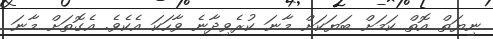
ނިޔަތް އޮތް ކަމަށް ބަޔަކަށް މާނަ ކުރެވިދާނެ ވާހަކަ އެކެވެ. އެގޮތަށް މާނަ